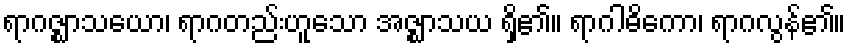
ရာဂဇ္ဈာသယော၊ ရာဂတည်းဟူသော အဇ္ဈာသယ ရှိ၏။ ရာဂါဓိကော၊ ရာဂလွန်၏။